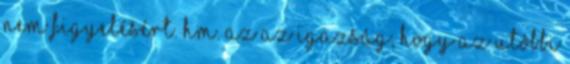
nem figyelésért. hm. Az az igazság, hogy az utóbbi